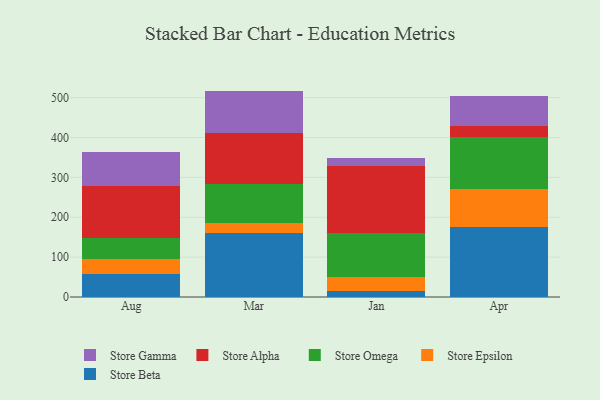
{"axis": {"x": "Month", "y": "Headcount"}, "legend": ["Store Alpha", "Store Beta", "Store Epsilon", "Store Gamma", "Store Omega"], "data": [{"x": "Aug", "y": 56.9, "type": "Store Beta"}, {"x": "Aug", "y": 39.6, "type": "Store Epsilon"}, {"x": "Aug", "y": 51.2, "type": "Store Omega"}, {"x": "Aug", "y": 131.1, "type": "Store Alpha"}, {"x": "Aug", "y": 83.8, "type": "Store Gamma"}, {"x": "Mar", "y": 161.4, "type": "Store Beta"}, {"x": "Mar", "y": 23.9, "type": "Store Epsilon"}, {"x": "Mar", "y": 98.6, "type": "Store Omega"}, {"x": "Mar", "y": 128.1, "type": "Store Alpha"}, {"x": "Mar", "y": 105.0, "type": "Store Gamma"}, {"x": "Jan", "y": 16.3, "type": "Store Beta"}, {"x": "Jan", "y": 35.1, "type": "Store Epsilon"}, {"x": "Jan", "y": 109.3, "type": "Store Omega"}, {"x": "Jan", "y": 168.4, "type": "Store Alpha"}, {"x": "Jan", "y": 19.0, "type": "Store Gamma"}, {"x": "Apr", "y": 175.0, "type": "Store Beta"}, {"x": "Apr", "y": 96.2, "type": "Store Epsilon"}, {"x": "Apr", "y": 128.9, "type": "Store Omega"}, {"x": "Apr", "y": 28.5, "type": "Store Alpha"}, {"x": "Apr", "y": 76.6, "type": "Store Gamma"}]}